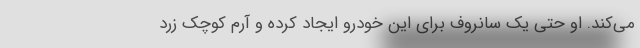
می‌کند. او حتی یک سانروف برای این خودرو ایجاد کرده و آرم کوچک زرد